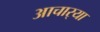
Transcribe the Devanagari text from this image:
आचार्‍या